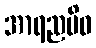
အာရညမိဝ